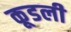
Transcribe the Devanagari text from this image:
कूडली